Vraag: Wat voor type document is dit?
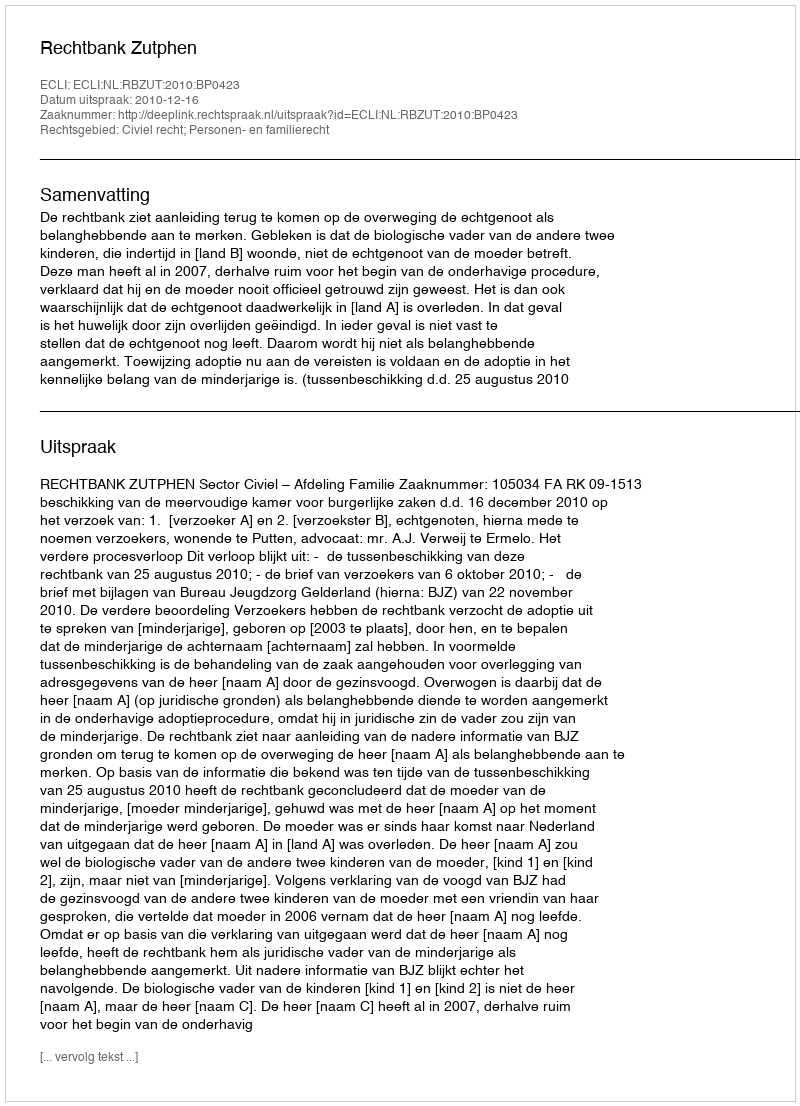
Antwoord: Uitspraak